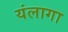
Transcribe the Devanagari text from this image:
यंलागा